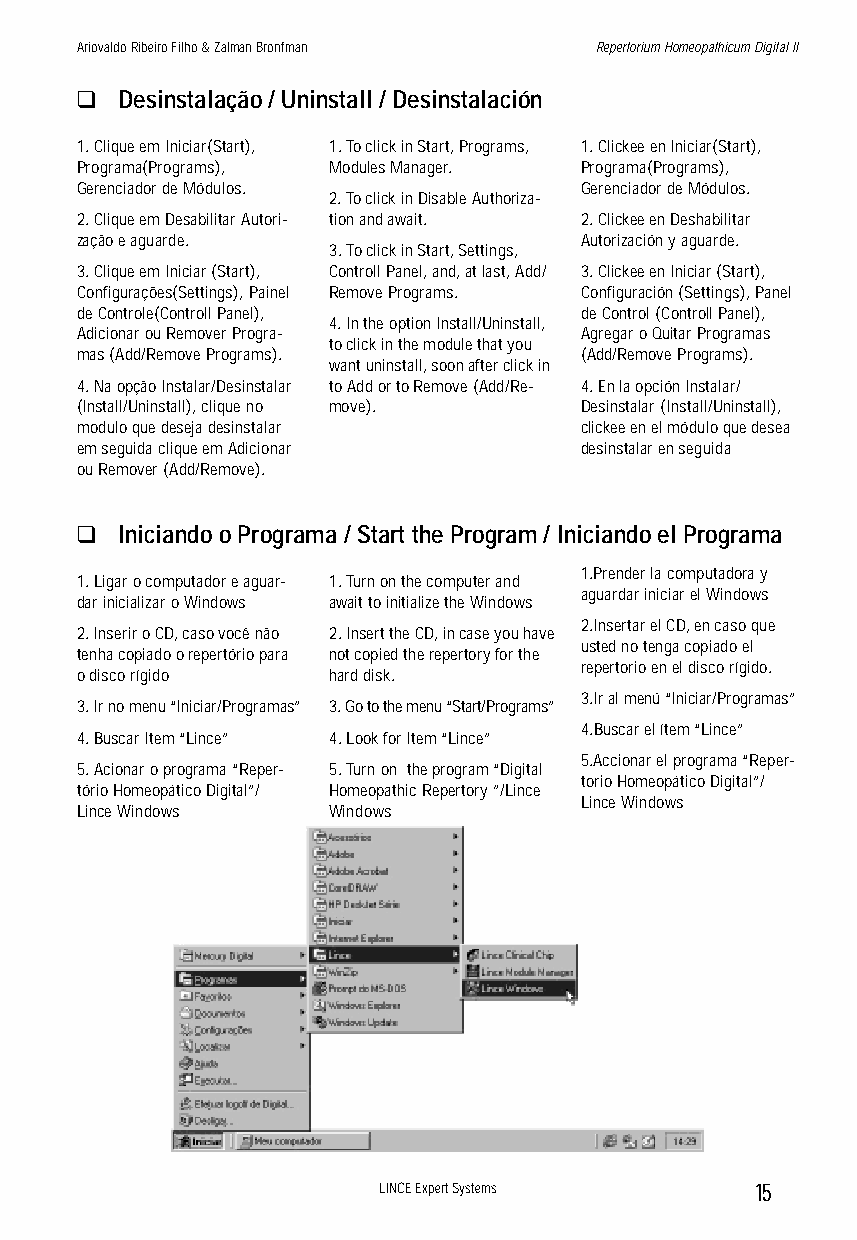
Ariovaldo Ribeiro Filho & Zalman Bronfman Repertorium Homeopathicum Digital II
 q  Desinstalação / Uninstall / Desinstalación
 1. Clique em Iniciar(Start), 1. To click in Start, Programs, 1. Clickee en Iniciar(Start),
 Programa(Programs), Modules Manager. Programa(Programs),
 Gerenciador de Módulos.          Gerenciador de Módulos.
 2. To click in Disable Authoriza-
 2. Clique em Desabilitar Autori- tion and await. 2. Clickee en Deshabilitar
 zação e aguarde.                 Autorización y aguarde.
 3. To click in Start, Settings,
 3. Clique em Iniciar (Start), Controll Panel, and, at last, Add/ 3. Clickee en Iniciar (Start),
 Configurações(Settings), Painel Remove Programs. Configuración (Settings), Panel
 de Controle(Controll Panel),     de Control (Controll Panel),
 4. In the option Install/Uninstall,
 Adicionar ou Remover Progra-     Agregar o Quitar Programas
 to click in the module that you
 mas (Add/Remove Programs).       (Add/Remove Programs).
 want uninstall, soon after click in
 4. Na opção Instalar/Desinstalar to Add or to Remove (Add/Re- 4. En la opción Instalar/
 (Install/Uninstall), clique no move). Desinstalar (Install/Uninstall),
 modulo que deseja desinstalar    clickee en el módulo que desea
 em seguida clique em Adicionar   desinstalar en seguida
 ou Remover (Add/Remove).
 q  Iniciando o Programa / Start the Program / Iniciando el Programa
 1.Prender la computadora y
 1. Ligar o computador e aguar- 1. Turn on the computer and
 aguardar iniciar el Windows
 dar inicializar o Windows await to initialize the Windows
 2.Insertar el CD, en caso que
 2. Inserir o CD, caso você não 2. Insert the CD, in case you have
 usted no tenga copiado el
 tenha copiado o repertório para not copied the repertory for the
 repertorio en el disco rígido.
 o disco rígido   hard disk.
 3.Ir al menú “Iniciar/Programas”
 3. Ir no menu “Iniciar/Programas” 3. Go to the menu “Start/Programs”
 4.Buscar el ítem “Lince”
 4. Buscar Item “Lince” 4. Look for Item “Lince”
 5.Accionar el programa “Reper-
 5. Acionar o programa “Reper- 5. Turn on the program “Digital
 torio Homeopático Digital”/
 tório Homeopático Digital”/ Homeopathic Repertory ”/Lince
 Lince Windows
 Lince Windows    Windows
 LINCE Expert Systems     15